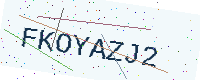
Text: FKOYAZJ2